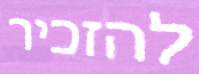
להזכיר